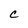
Character: c